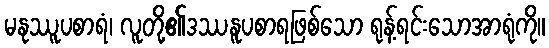
မနုဿူပစာရံ၊ လူတို့၏ဒဿနူပစာရဖြစ်သော ရုန့်ရင်းသောအာရုံကို။